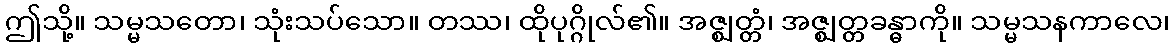
ဤသို့။ သမ္မသတော၊ သုံးသပ်သော။ တဿ၊ ထိုပုဂ္ဂိုလ်၏။ အဇ္ဈတ္တံ၊ အဇ္ဈတ္တခန္ဓာကို။ သမ္မသနကာလေ၊